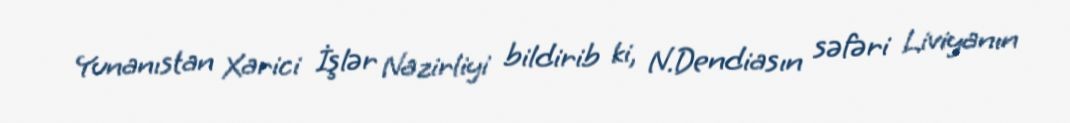
Yunanıstan Xarici İşlər Nazirliyi bildirib ki, N.Dendiasın səfəri Liviyanın